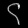
Digit: ၄